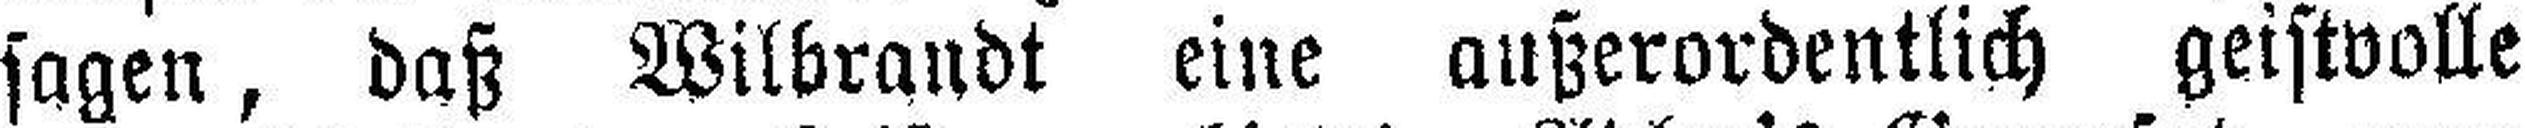
sagen, daß Wilbrandt eine außerordentlich geistvolle